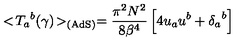
< \! { { T } _ { a } } ^ { b } ( \gamma ) \! > _ { \mathrm { ( A d S ) } } = { \frac { \pi ^ { 2 } N ^ { 2 } } { 8 { \beta } ^ { 4 } } } \left[ 4 u _ { a } u ^ { b } + { { \delta } _ { a } } ^ { b } \right]